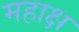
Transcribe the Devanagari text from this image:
महाक्ष